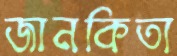
জানকিতা